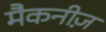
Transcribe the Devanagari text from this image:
मैकनीज़